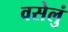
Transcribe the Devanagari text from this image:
वसेलुं